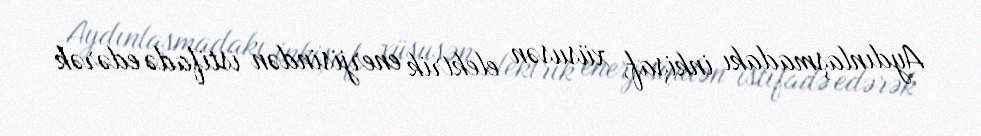
Aydınlaşmadakı inkişaf, xüsusən elektrik enerjisindən istifadə edərək